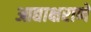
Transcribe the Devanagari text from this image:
आद्याक्षराणे